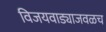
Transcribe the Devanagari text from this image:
विजयवाड्याजवळच